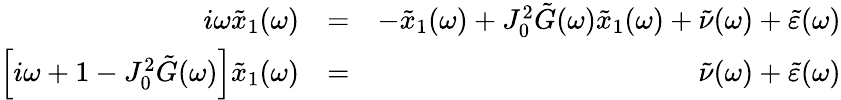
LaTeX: \begin{array}{rlr}{i\omega\tilde{x}_{1}(\omega)}&{=}&{-\tilde{x}_{1}(\omega)+J_{0}^{2}\tilde{G}(\omega)\tilde{x}_{1}(\omega)+\tilde{\nu}(\omega)+\tilde{\varepsilon}(\omega)}\\ {\Big[i\omega+1-J_{0}^{2}\tilde{G}(\omega)\Big]\tilde{x}_{1}(\omega)}&{=}&{\tilde{\nu}(\omega)+\tilde{\varepsilon}(\omega)}\end{array}